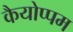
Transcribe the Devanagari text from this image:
कैयोप्पम